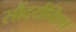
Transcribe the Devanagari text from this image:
सौंदर्यविश्व